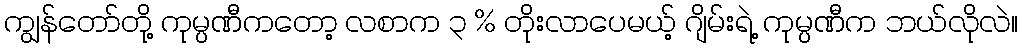
ကျွန်တော်တို့ ကုမ္ပဏီကတော့ လစာက ၃ % တိုးလာပေမယ့် ဂျိမ်းရဲ့ ကုမ္ပဏီက ဘယ်လိုလဲ။